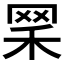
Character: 𦊘